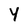
Character: Y